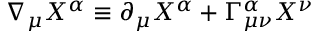
\nabla _ { \mu } X ^ { \alpha } \equiv \partial _ { \mu } X ^ { \alpha } + \Gamma _ { \mu \nu } ^ { \alpha } X ^ { \nu }